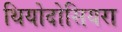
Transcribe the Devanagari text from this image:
थियोदोसियरा